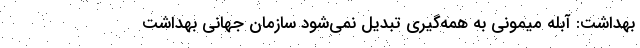
بهداشت: آبله میمونی به همه‌گیری تبدیل نمی‌شود سازمان جهانی بهداشت